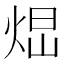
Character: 𤉆